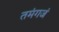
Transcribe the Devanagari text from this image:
तमंगजं